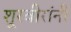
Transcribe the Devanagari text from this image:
शूरवीरांनी